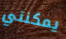
يمكنني